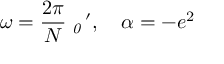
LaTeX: \omega = \frac { 2 \pi } { N } { \it \Pi } _ { { \it 0 } } \, ^ { \prime } , \quad \alpha = - e ^ { 2 }